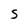
Character: S